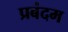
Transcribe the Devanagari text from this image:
प्रबंदम